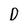
Character: D